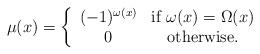
LaTeX: \begin{align*}\mu(x) = \left \{ \begin{array}{c c} (-1)^{\omega(x)} & \mbox{if} \ \omega(x)=\Omega(x) \\ 0 & \mbox{otherwise.}\end{array} \right. \end{align*}